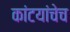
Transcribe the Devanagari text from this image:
कांटयांचेच